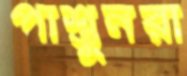
পাশ্তুনরা